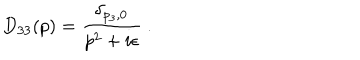
D _ { 3 3 } ( p ) = \frac { \delta _ { p _ { 3 } , 0 } } { p ^ { 2 } + i \epsilon } \ .